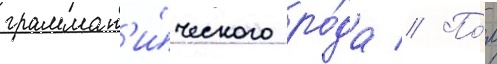
граммат'и́ческого ро́да // По́л